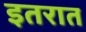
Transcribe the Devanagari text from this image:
इतरात